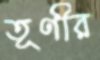
তূণীর